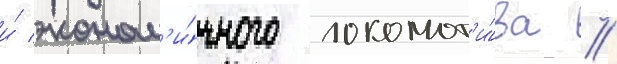
и́ эконом'и́чного локомот'и́ва //